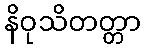
နိဝုသိတတ္တာ